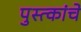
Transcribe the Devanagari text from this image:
पुस्त्कांचे